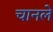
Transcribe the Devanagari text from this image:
चानले